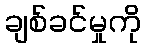
ချစ်ခင်မှုကို